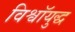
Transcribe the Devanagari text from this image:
विश्वॉयुद्ध